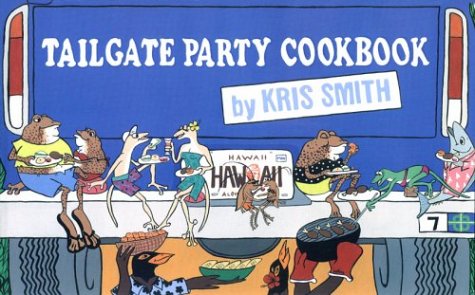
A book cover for Tailgate Party Cookbook; Kris Smith; Cookbooks, Food & Wine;